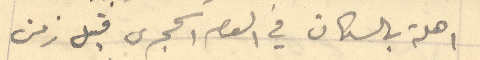
اهلة بالسكان في العصر الحجرى قبل زمن